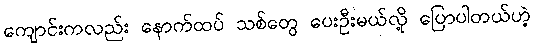
ကျောင်းကလည်း နောက်ထပ် သစ်တွေ ပေးဦးမယ်လို့ ပြောပါတယ်ဟဲ့